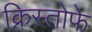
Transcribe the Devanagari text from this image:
क्रिस्तोफे